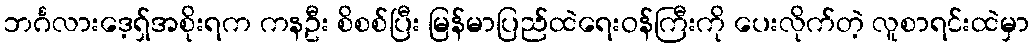
ဘင်္ဂလားဒေ့ရှ်အစိုးရက ကနဦး စိစစ်ပြီး မြန်မာပြည်ထဲရေးဝန်ကြီးကို ပေးလိုက်တဲ့ လူစာရင်းထဲမှာ